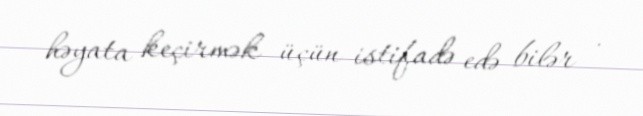
həyata keçirmək üçün istifadə edə bilər .